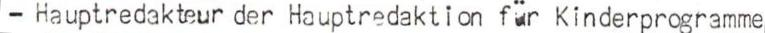
- Hauptredakteur der Hauptredaktion für Kinderprogramme